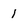
Character: 1